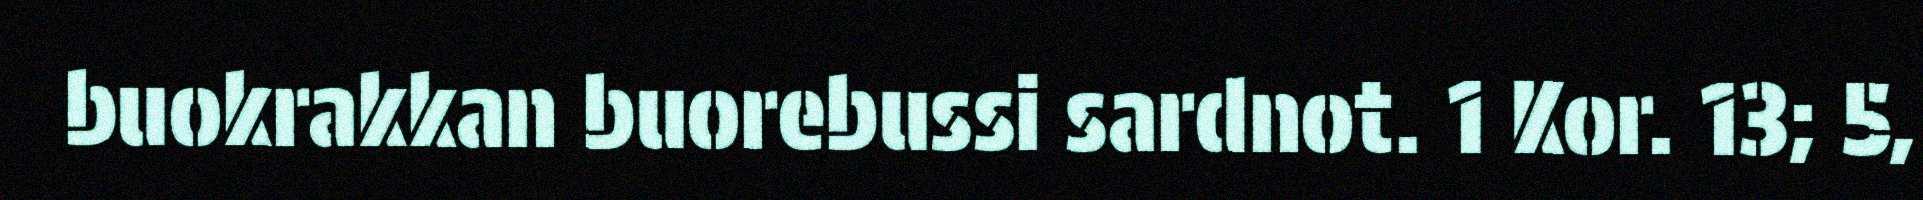
buokrakkan buorebussi sardnot. 1 Kor. 13; 5,